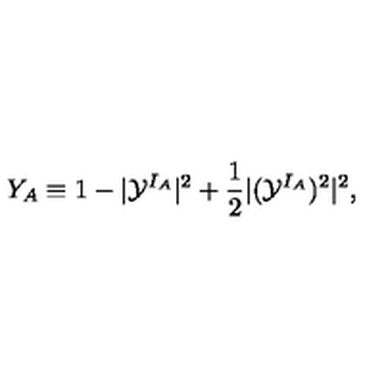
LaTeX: Y _ { A } \equiv 1 - | { \cal Y } ^ { I _ { A } } | ^ { 2 } + \frac 1 2 | ( { \cal Y } ^ { I _ { A } } ) ^ { 2 } | ^ { 2 } ,